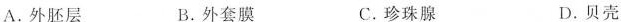
A. 外胚层 B. 外套膜 C. 珍珠腺 D. 贝壳